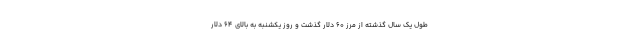
طول یک سال گذشته از مرز ۶۰ دلار گذشت و روز یکشنبه به بالای ۶۴ دلار